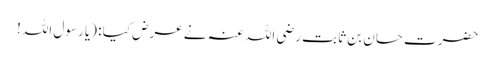
حضرت حسان بن ثابت رضی اللہ عنہ نے عرض کیا : (یا رسول اللہ!